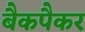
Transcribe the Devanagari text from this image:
बैकपैकर